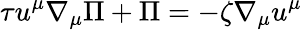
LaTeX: \tau u^{\mu}\nabla_{\mu}\Pi+\Pi=-\zeta\nabla_{\mu}u^{\mu}